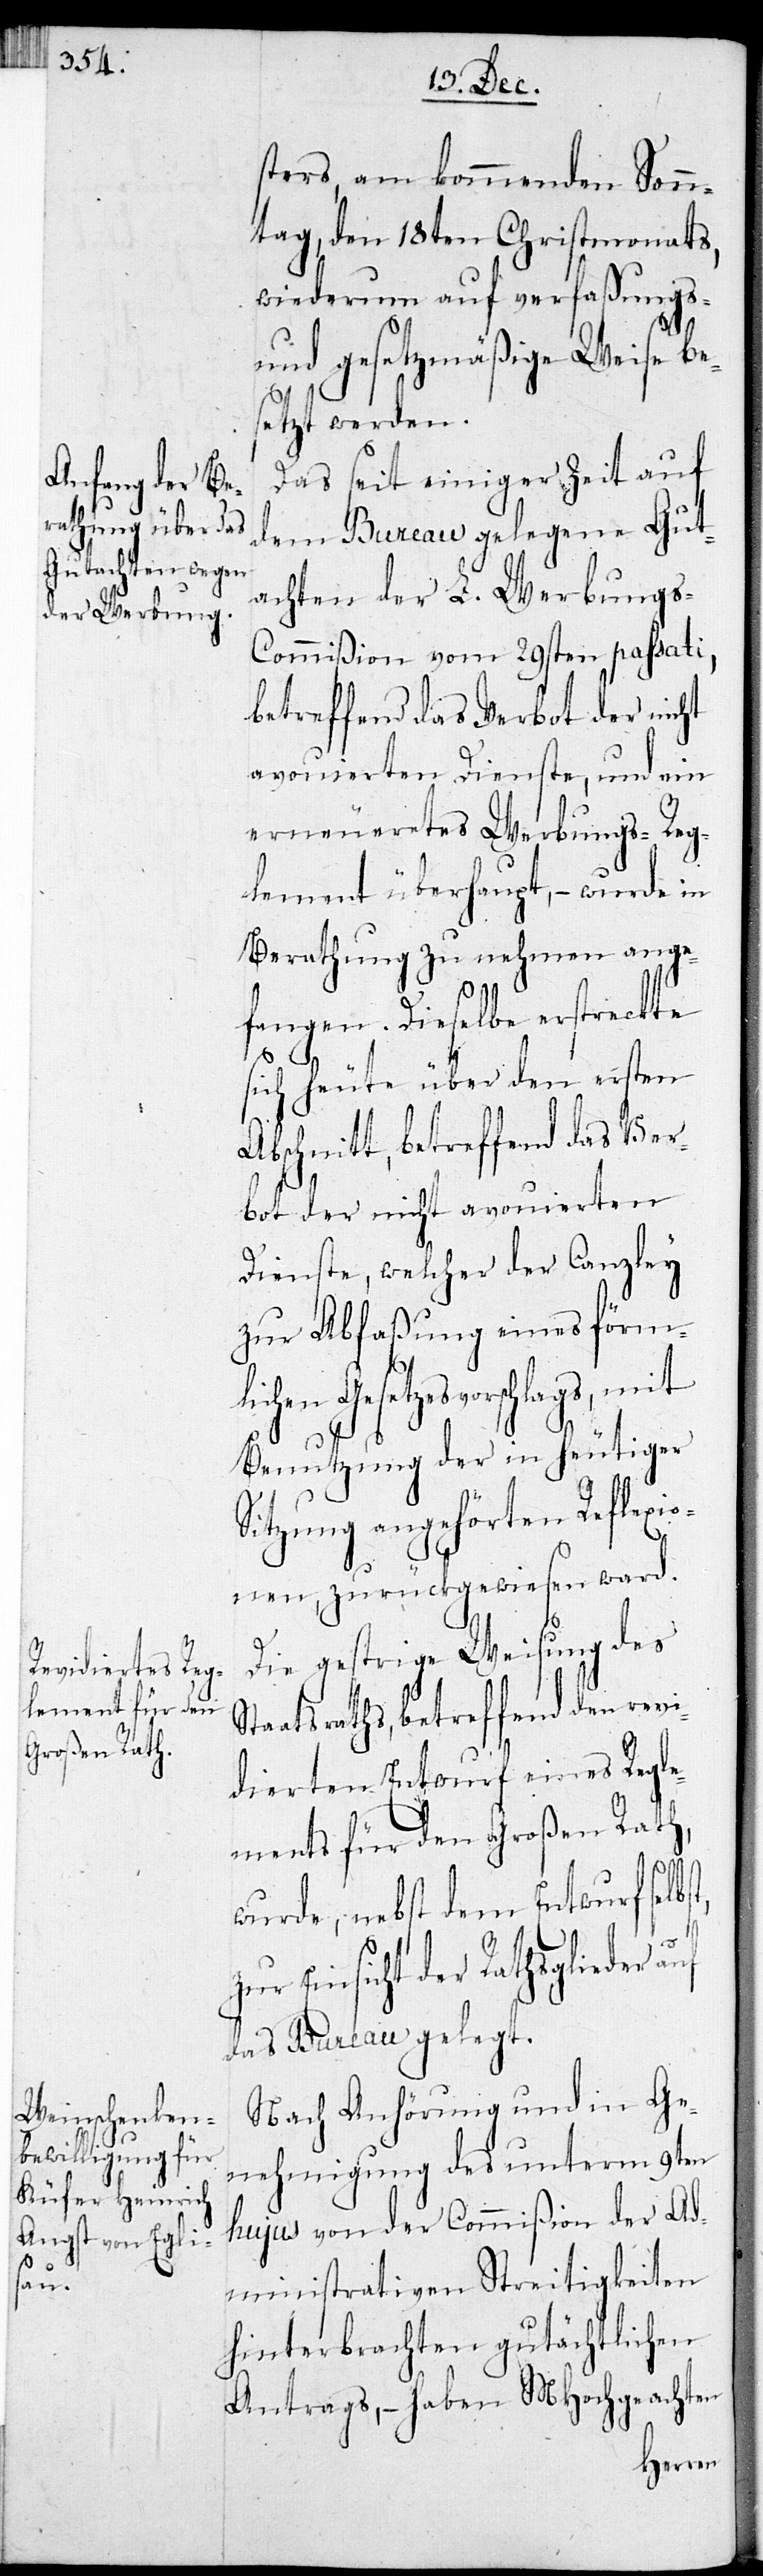
sters, am kommenden Sonn¬
tag den 18ten Christmonats
wiederum auf verfaßungs-
und gesetzmäßige Weise bes¬
etzt werden.
Das seit einiger Zeit auf
dem Bureau gelegene Gut¬
achten der L. Werbung¬
s-Commißion vom 29sten passati,
betreffend das Verbot der nicht
avouierten Dienste, und ein
erneueretes Werbungs-Reg¬
lement überhaupt, – wurde in
Berathung zu nehmen ange¬
fangen. Dieselbe erstreckte
t,
sich heute über den ersten
Abschnitt, betreffend das Ver¬
bot der nicht avouierten
Dienste, welcher der Canzley
zur Abfaßung eines förml¬
ichen Gesetzesvorschlags,
Benutzung der in heutiger
Sitzung angehörten Reflexio¬
nen, zurückgewiesen ward.
Die gestrige Weisung des
Staatsraths, betreffend den revi¬
dierten Entwurf eines Regle¬
ments für den Großen Rath,
wurde, nebst dem Entwurf selbs¬
Einsicht der Rathsglieder
das Bureau gelegt.
Nach Anhörung und in Ge¬
nehmigung des unterm 9ten
hujus von der Commißion der Ad¬
ministrativen Streitigkeiten
hinterbrachten gutächtlichen
Antrags, – haben MHochgeachten